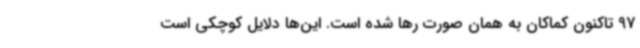
97 تاکنون کماکان به همان صورت رها شده است. این‌ها دلایل کوچکی است